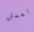
تعمل